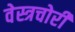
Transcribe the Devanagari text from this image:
वेस्त्रचोरी